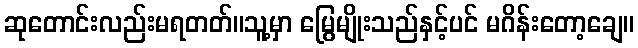
ဆုတောင်းလည်းမရတတ်။သူ့မှာ မြွေမျိုးသည်နှင့်ပင် မဂိန်းတော့ချေ။